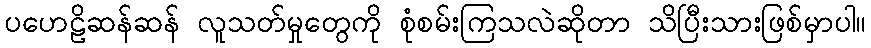
ပဟေဠိဆန်ဆန် လူသတ်မှုတွေကို စုံစမ်းကြသလဲဆိုတာ သိပြီးသားဖြစ်မှာပါ။